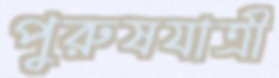
পুরুষযাত্রী